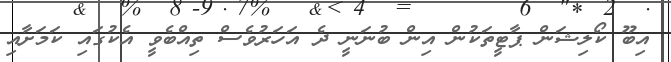
އިބޫ ކޯލިޝަން ޕާޓީތަކުން އިން ބުނަނީ ދެ އަހަރުވެސް ތިއްބެވީ އެކުގައި ކަމަށާއި